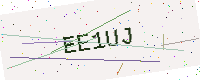
Text: EE1UJ